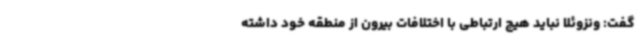
گفت: ونزوئلا نباید هیچ ارتباطی با اختلافات بیرون از منطقه خود داشته